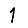
Digit: 1